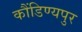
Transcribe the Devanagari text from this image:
कौंडिण्यपुर